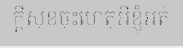
ក្តីសុខចុះហេតុអីខ្ញុំអត់